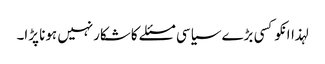
لہذاانکوکسی بڑے سیاسی مسئلے کاشکارنہیں ہونا پڑا۔